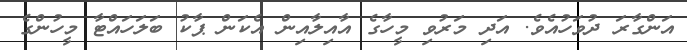
އަންގާރަ ދުވަހުއެވެ. އަދި މަރުވި މީހާގެ އާއިލާއިން އެކަން ޕާކު ބަލަހައްޓާ މީހުންގެ